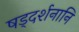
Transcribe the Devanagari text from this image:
षड्दर्शनानि